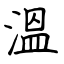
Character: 溫